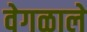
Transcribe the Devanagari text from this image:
वेगळाले